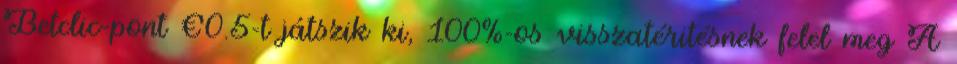
Betclic-pont €0.5-t játszik ki, 100%-os visszatéritésnek felel meg A